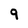
Character: 9